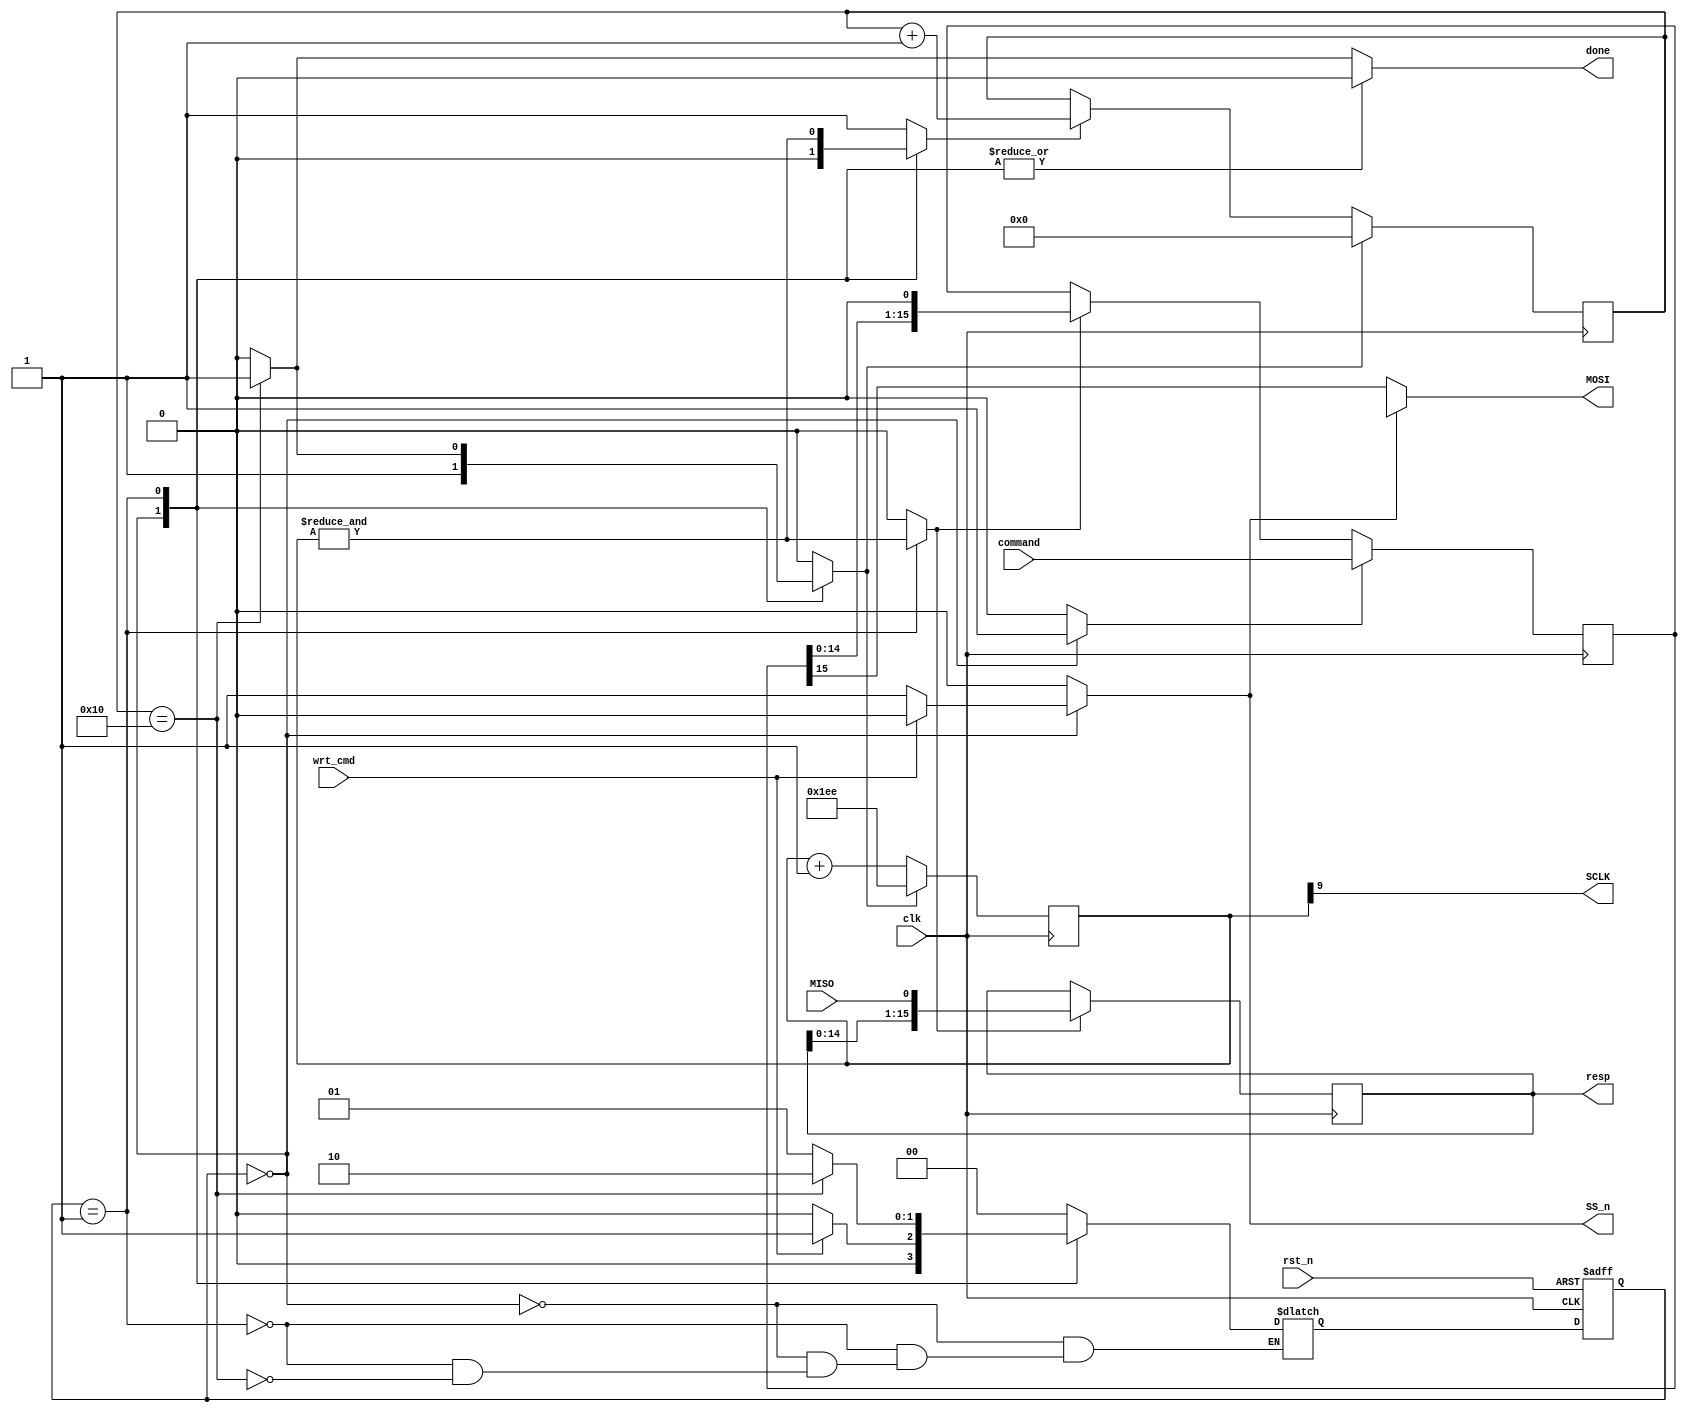
`timescale 1ns/100ps;
module SPI_mstr(clk,rst_n,SS_n,SCLK,command,MISO,wrt_cmd,done,resp,MOSI);

  input clk,rst_n;
  input wrt_cmd;                          //Input to Master to initiate SPI transaction
//  input RDY;                             // Input fro slave saying response to previous command is ready
  input MISO;                           // Input bit stream of data written from slave to master
  input [15:0] command;                // 16 bit command provided from user
  output SS_n,SCLK,done,MOSI;         // MOSI - Serial data of Master which is resp[0]
  output [15:0] resp;		      	       // parallel data of MISO
  
  reg [15:0] cmd_buf;            // Command buffer to capture 16 bit command to be sent to MOSI
  reg [1:0] state,nxt_state;
  reg [9:0] pause_cntr;
  reg [4:0] bit_cntr;
  reg [15:0] resp;
  reg done;
  reg SS_n;
  reg rst_cnt,en_cnt,shft,ld;

  localparam IDLE = 2'b00;
  localparam BITS = 2'b01;
  localparam TRAIL = 2'b10;

  ///////////////////////////////
  // Implement state register //
  /////////////////////////////
  always @(posedge clk, negedge rst_n)
    if (!rst_n)
      state <= IDLE;
    else
      state <= nxt_state;

  ////////////////////////////
  // Implement bit counter //
  //////////////////////////
  always @(posedge clk)
    if (rst_cnt)
      bit_cntr <= 5'b00000;
    else if (en_cnt)
      bit_cntr <= bit_cntr + 1;

  //////////////////////////////
  // Implement pause counter //
  ////////////////////////////
  always @(posedge clk)
    if (rst_cnt)
      pause_cntr <= 10'h1EE;
    else
      pause_cntr <= pause_cntr + 1;

  assign SCLK = pause_cntr[9];

  //////////////////////////////////////
  // resp is shifted on fall of SCLK //
  ////////////////////////////////////
  always @(posedge clk)
    if (shft)
      resp <= {resp[14:0],MISO};
  
   //////////////////////////////////////
  // command is given serially to MOSI//
  /////////////////////////////////////
  always @(posedge clk)
    if(ld)
      cmd_buf <= command;
    else if(shft)
      cmd_buf <= {cmd_buf[14:0],1'b0};
      
            
  assign MOSI = (SS_n)? 1'bx : cmd_buf[15];
      
  ////////////////////////////////////////
  // Implement SM that controls output //
  //////////////////////////////////////
  always @(state, wrt_cmd, pause_cntr)
    begin
      //////////////////////
      // Default outputs //
      ////////////////////
      rst_cnt = 1'b0; 
      SS_n = 1'b1;
      en_cnt = 1'b0;
      shft = 1'b0;
      done = 1'b0;
      ld = 1'b0;

      case (state)
        
        IDLE : begin
               rst_cnt = 1'b1;
               ld = 1'b1;
               if(wrt_cmd) 
               begin
                  SS_n = 1'b0;
                  nxt_state = BITS;
               end
               else nxt_state = IDLE;
               end
               
        BITS : begin
          ////////////////////////////////////
          // For the 16 bits of the packet //
          //////////////////////////////////
          SS_n = 1'b0;
          en_cnt = &pause_cntr;
          shft = en_cnt;
          if (bit_cntr==5'h10) 
            begin
              rst_cnt = 1'b1;
              nxt_state = TRAIL;
            end
          else
            nxt_state = BITS;         
        end
        
        default : begin 	// this is TRAIL state
          //////////////////////////////////////////
          // This state keeps SS_n low till 16   //
          // clocks after the last fall of SCLK //
          ///////////////////////////////////////
          SS_n = 1'b0;
          en_cnt = 1'b1;
          if (bit_cntr==5'h10)
            begin
              done = 1'b1;
              nxt_state = IDLE;
            end
        end
      endcase
    end

endmodule